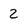
Character: 2